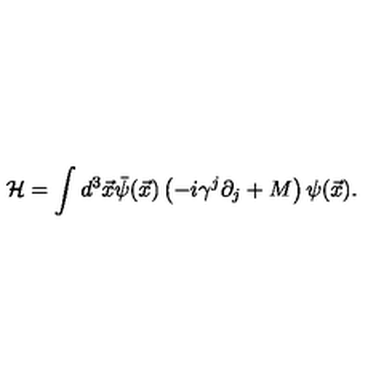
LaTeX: { \cal H } = \int d ^ { 3 } { \vec { x } } \bar { \psi } ( { \vec { x } } ) \left( - i \gamma ^ { j } \partial _ { j } + M \right) \psi ( { \vec { x } } ) .